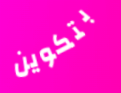
بتكوين